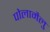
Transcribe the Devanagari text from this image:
पोलामैलु